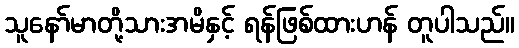
သူနော်မာတို့သားအမိနှင့် ရန်ဖြစ်ထားဟန် တူပါသည်။